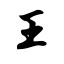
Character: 王